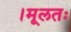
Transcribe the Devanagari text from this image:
।मूलतः